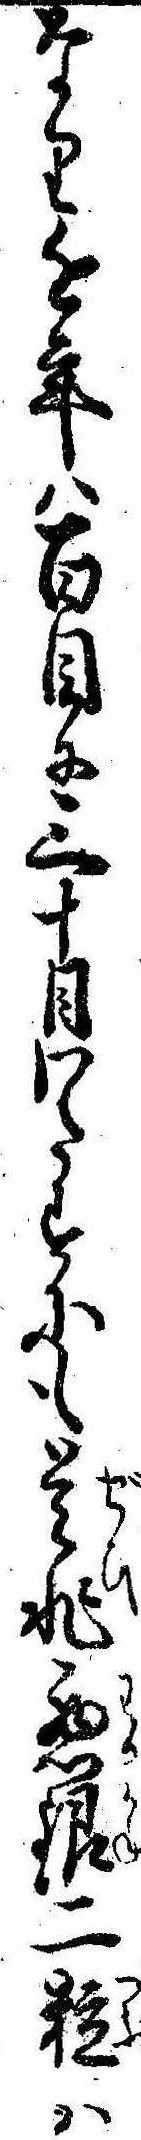
なり近年は百目に三十目わたすにも是非悪銀二粒は